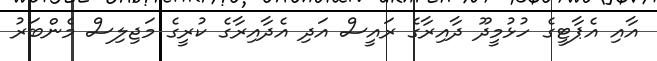
އާއި އެޕާޓީގެ ހުޅުމީދޫ ދާއިރާގެ ރައީސް އަދި އެދާއިރާގެ ކުރީގެ މަޖިލިސް މެންބަރު